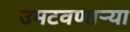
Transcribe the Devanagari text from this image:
उमटवणाऱ्या